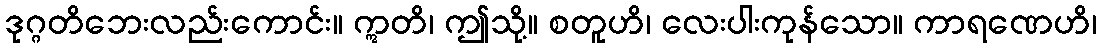
ဒုဂ္ဂတိဘေးလည်းကောင်း။ ဣတိ၊ ဤသို့။ စတူဟိ၊ လေးပါးကုန်သော။ ကာရဏေဟိ၊